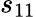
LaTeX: s_{11}